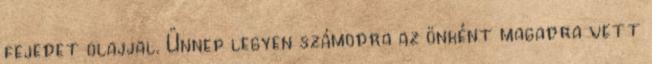
fejedet olajjal. Ünnep legyen számodra az önként magadra vett